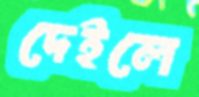
দেইলে